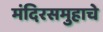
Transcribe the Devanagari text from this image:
मंदिरसमुहाचे